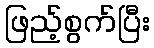
ဖြည့်စွက်ပြီး